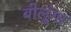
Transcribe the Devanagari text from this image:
बोलूंगा